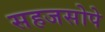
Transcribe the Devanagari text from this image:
सहजसोपे